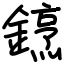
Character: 䥋